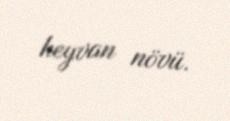
heyvan növü.